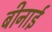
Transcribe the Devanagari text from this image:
बीनाई